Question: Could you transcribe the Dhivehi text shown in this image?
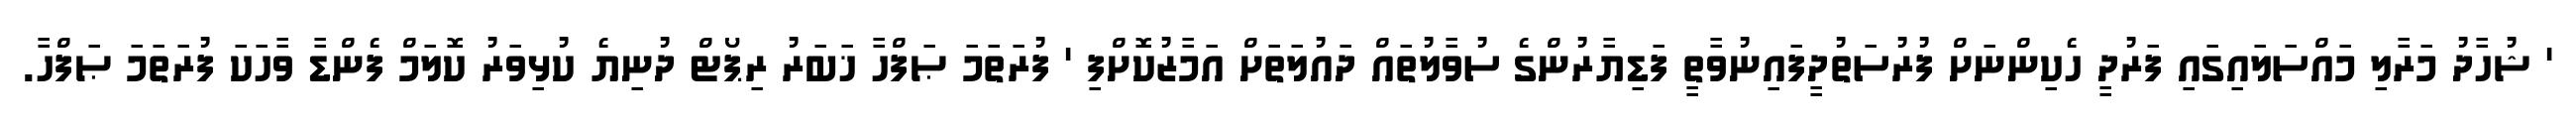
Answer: ' ޝުހާދު މަރާލި މައްސަލައިގައި ފަރުދީ ހެކިންނަށް ފުރުސަތުދީފައިނުވާތީ ފަޑިޔާރުންގެ ސުވާލުތައް ދައުލަތަށް އަމާޒުކޮށްފި ' ފުރަތަމަ ޞަފްހާ ޚަބަރު ރިޕޯޓް ދުނިޔެ ކުޅިވަރު ކޮލަމް ފެންޑާ ވާހަކަ ފުރަތަމަ ޞަފްހާ.